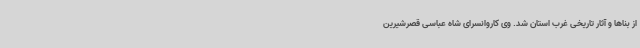
از بناها و آثار تاریخی غرب استان شد. وی کاروانسرای شاه عباسی قصرشیرین